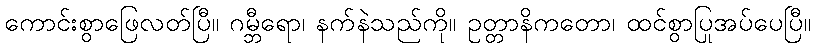
ကောင်းစွာဖြေလတ်ပြီ။ ဂမ္ဘီရော၊ နက်နဲသည်ကို။ ဥတ္တာနိကတော၊ ထင်စွာပြုအပ်ပေပြီ။